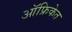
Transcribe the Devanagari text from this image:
ऑफ्रिकेत